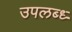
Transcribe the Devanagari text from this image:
उपलब्ध्‍